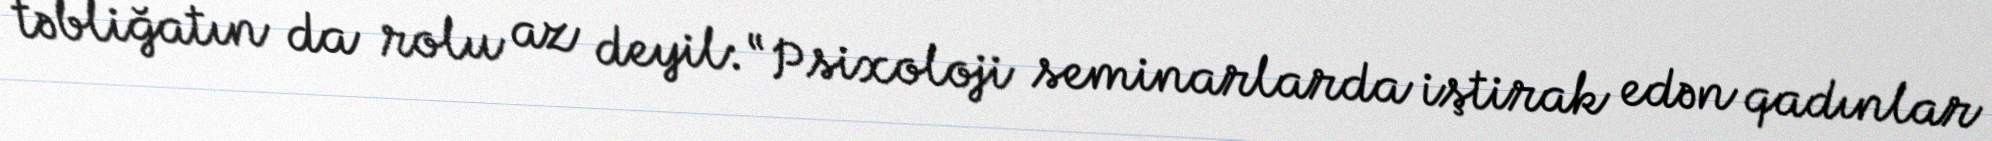
təbliğatın da rolu az deyil: “Psixoloji seminarlarda iştirak edən qadınlar